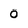
Character: 0